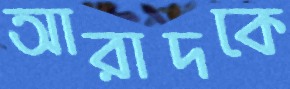
আরাদকে